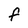
Character: F